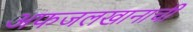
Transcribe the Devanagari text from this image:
अफजलखानाची